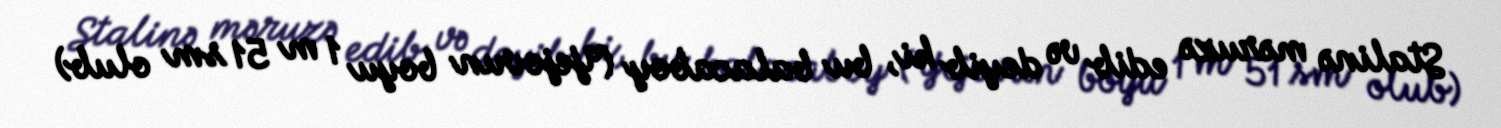
Stalinə məruzə edib və deyib ki, bu balacaboy (Yejovun boyu 1 m 51 sm olub)